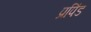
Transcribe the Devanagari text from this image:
प्रपिंड